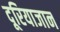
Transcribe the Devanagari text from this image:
दूरियाजान